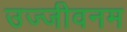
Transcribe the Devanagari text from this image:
उज्जीवनम